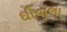
ઘીવાલા